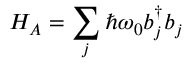
{ H _ { A } } = \sum _ { j } ^ { } { \hbar { \omega _ { 0 } } b _ { j } ^ { \dag } } { b _ { j } }